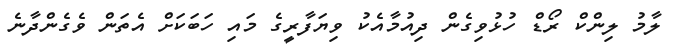
ލާމު ލިންކް ރޯޑް ހުޅުވިގެން ދިއުމާއެކު ވިޔަފާރީގެ މައި ހަބަކަށް އެތަން ވެގެންދާނެ